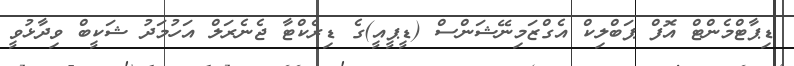
ޑިޕާޓްމެންޓް އޮފް ޕަބްލިކް އެގްޒަމިނޭޝަންސް (ޑީޕީއީ)ގެ ޑިރެކްޓާ ޖެނެރަލް އަހުމަދު ޝަކީބް ވިދާޅުވީ